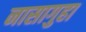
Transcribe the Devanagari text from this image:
नासागुहा